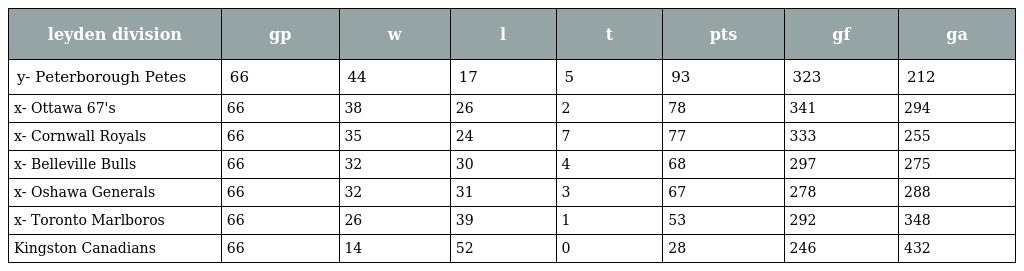
| leyden division | gp | w | l | t | pts | gf | ga |
 | --- | --- | --- | --- | --- | --- | --- | --- |
 | y- Peterborough Petes | 66 | 44 | 17 | 5 | 93 | 323 | 212 |
 | x- Ottawa 67's | 66 | 38 | 26 | 2 | 78 | 341 | 294 |
 | x- Cornwall Royals | 66 | 35 | 24 | 7 | 77 | 333 | 255 |
 | x- Belleville Bulls | 66 | 32 | 30 | 4 | 68 | 297 | 275 |
 | x- Oshawa Generals | 66 | 32 | 31 | 3 | 67 | 278 | 288 |
 | x- Toronto Marlboros | 66 | 26 | 39 | 1 | 53 | 292 | 348 |
 | Kingston Canadians | 66 | 14 | 52 | 0 | 28 | 246 | 432 |